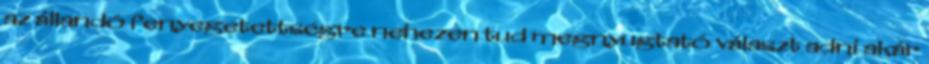
az állandó fenyegetettségre nehezen tud megnyugtató választ adni akár